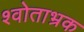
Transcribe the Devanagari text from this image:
श्वोताभ्रक